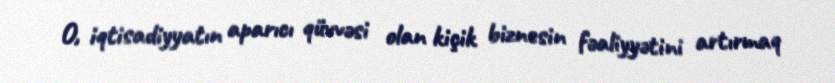
O, iqtisadiyyatın aparıcı qüvvəsi olan kiçik biznesin fəaliyyətini artırmaq